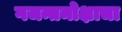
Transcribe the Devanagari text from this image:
गजन्तमोक्षाचा